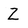
Character: Z